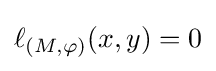
\ell _{(M,\varphi )}(x,y)=0